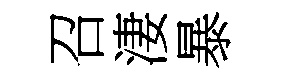
召淒暴